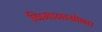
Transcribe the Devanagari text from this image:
विमानासोबत